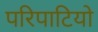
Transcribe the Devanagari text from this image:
परिपाटियो